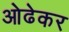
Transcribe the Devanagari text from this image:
ओढेकर